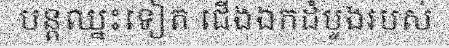
បន្តឈ្នះទៀត ជើងឯកដំបូងរបស់